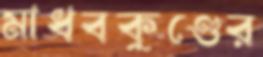
মাধবকুণ্ডের